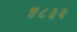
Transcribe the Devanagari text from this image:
५८३२